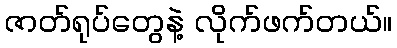
ဇာတ်ရုပ်တွေနဲ့ လိုက်ဖက်တယ်။